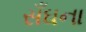
સઁઘના